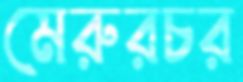
মেরুরচর